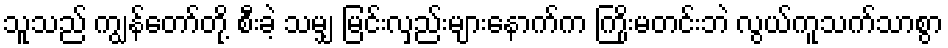
သူသည် ကျွန်တော်တို့ စီးခဲ့ သမျှ မြင်းလှည်းများနောက်က ကြိုးမတင်းဘဲ လွယ်ကူသက်သာစွာ